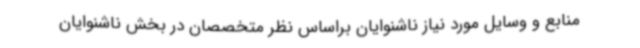
منابع و وسایل مورد نیاز ناشنوایان براساس نظر متخصصان در بخش ناشنوایان